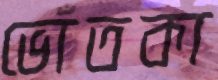
ভোঁতকা